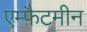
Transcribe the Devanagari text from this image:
एम्फ़ैटमीन